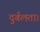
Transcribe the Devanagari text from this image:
दुर्बलता।